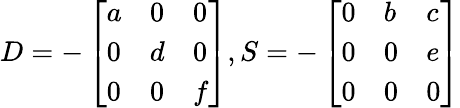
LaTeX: D=-\left[\begin{array}{lll}{a}&{0}&{0}\\ {0}&{d}&{0}\\ {0}&{0}&{f}\end{array}\right],S=-\left[\begin{array}{lll}{0}&{b}&{c}\\ {0}&{0}&{e}\\ {0}&{0}&{0}\end{array}\right]